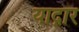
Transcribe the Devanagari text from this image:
याद्गार